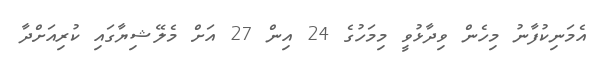
އެމަނިކުފާނު މިހެން ވިދާޅުވީ މިމަހުގެ 24 އިން 27 އަށް މެލޭޝިޔާގައި ކުރިއަށްދާ